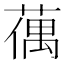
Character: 𦸲